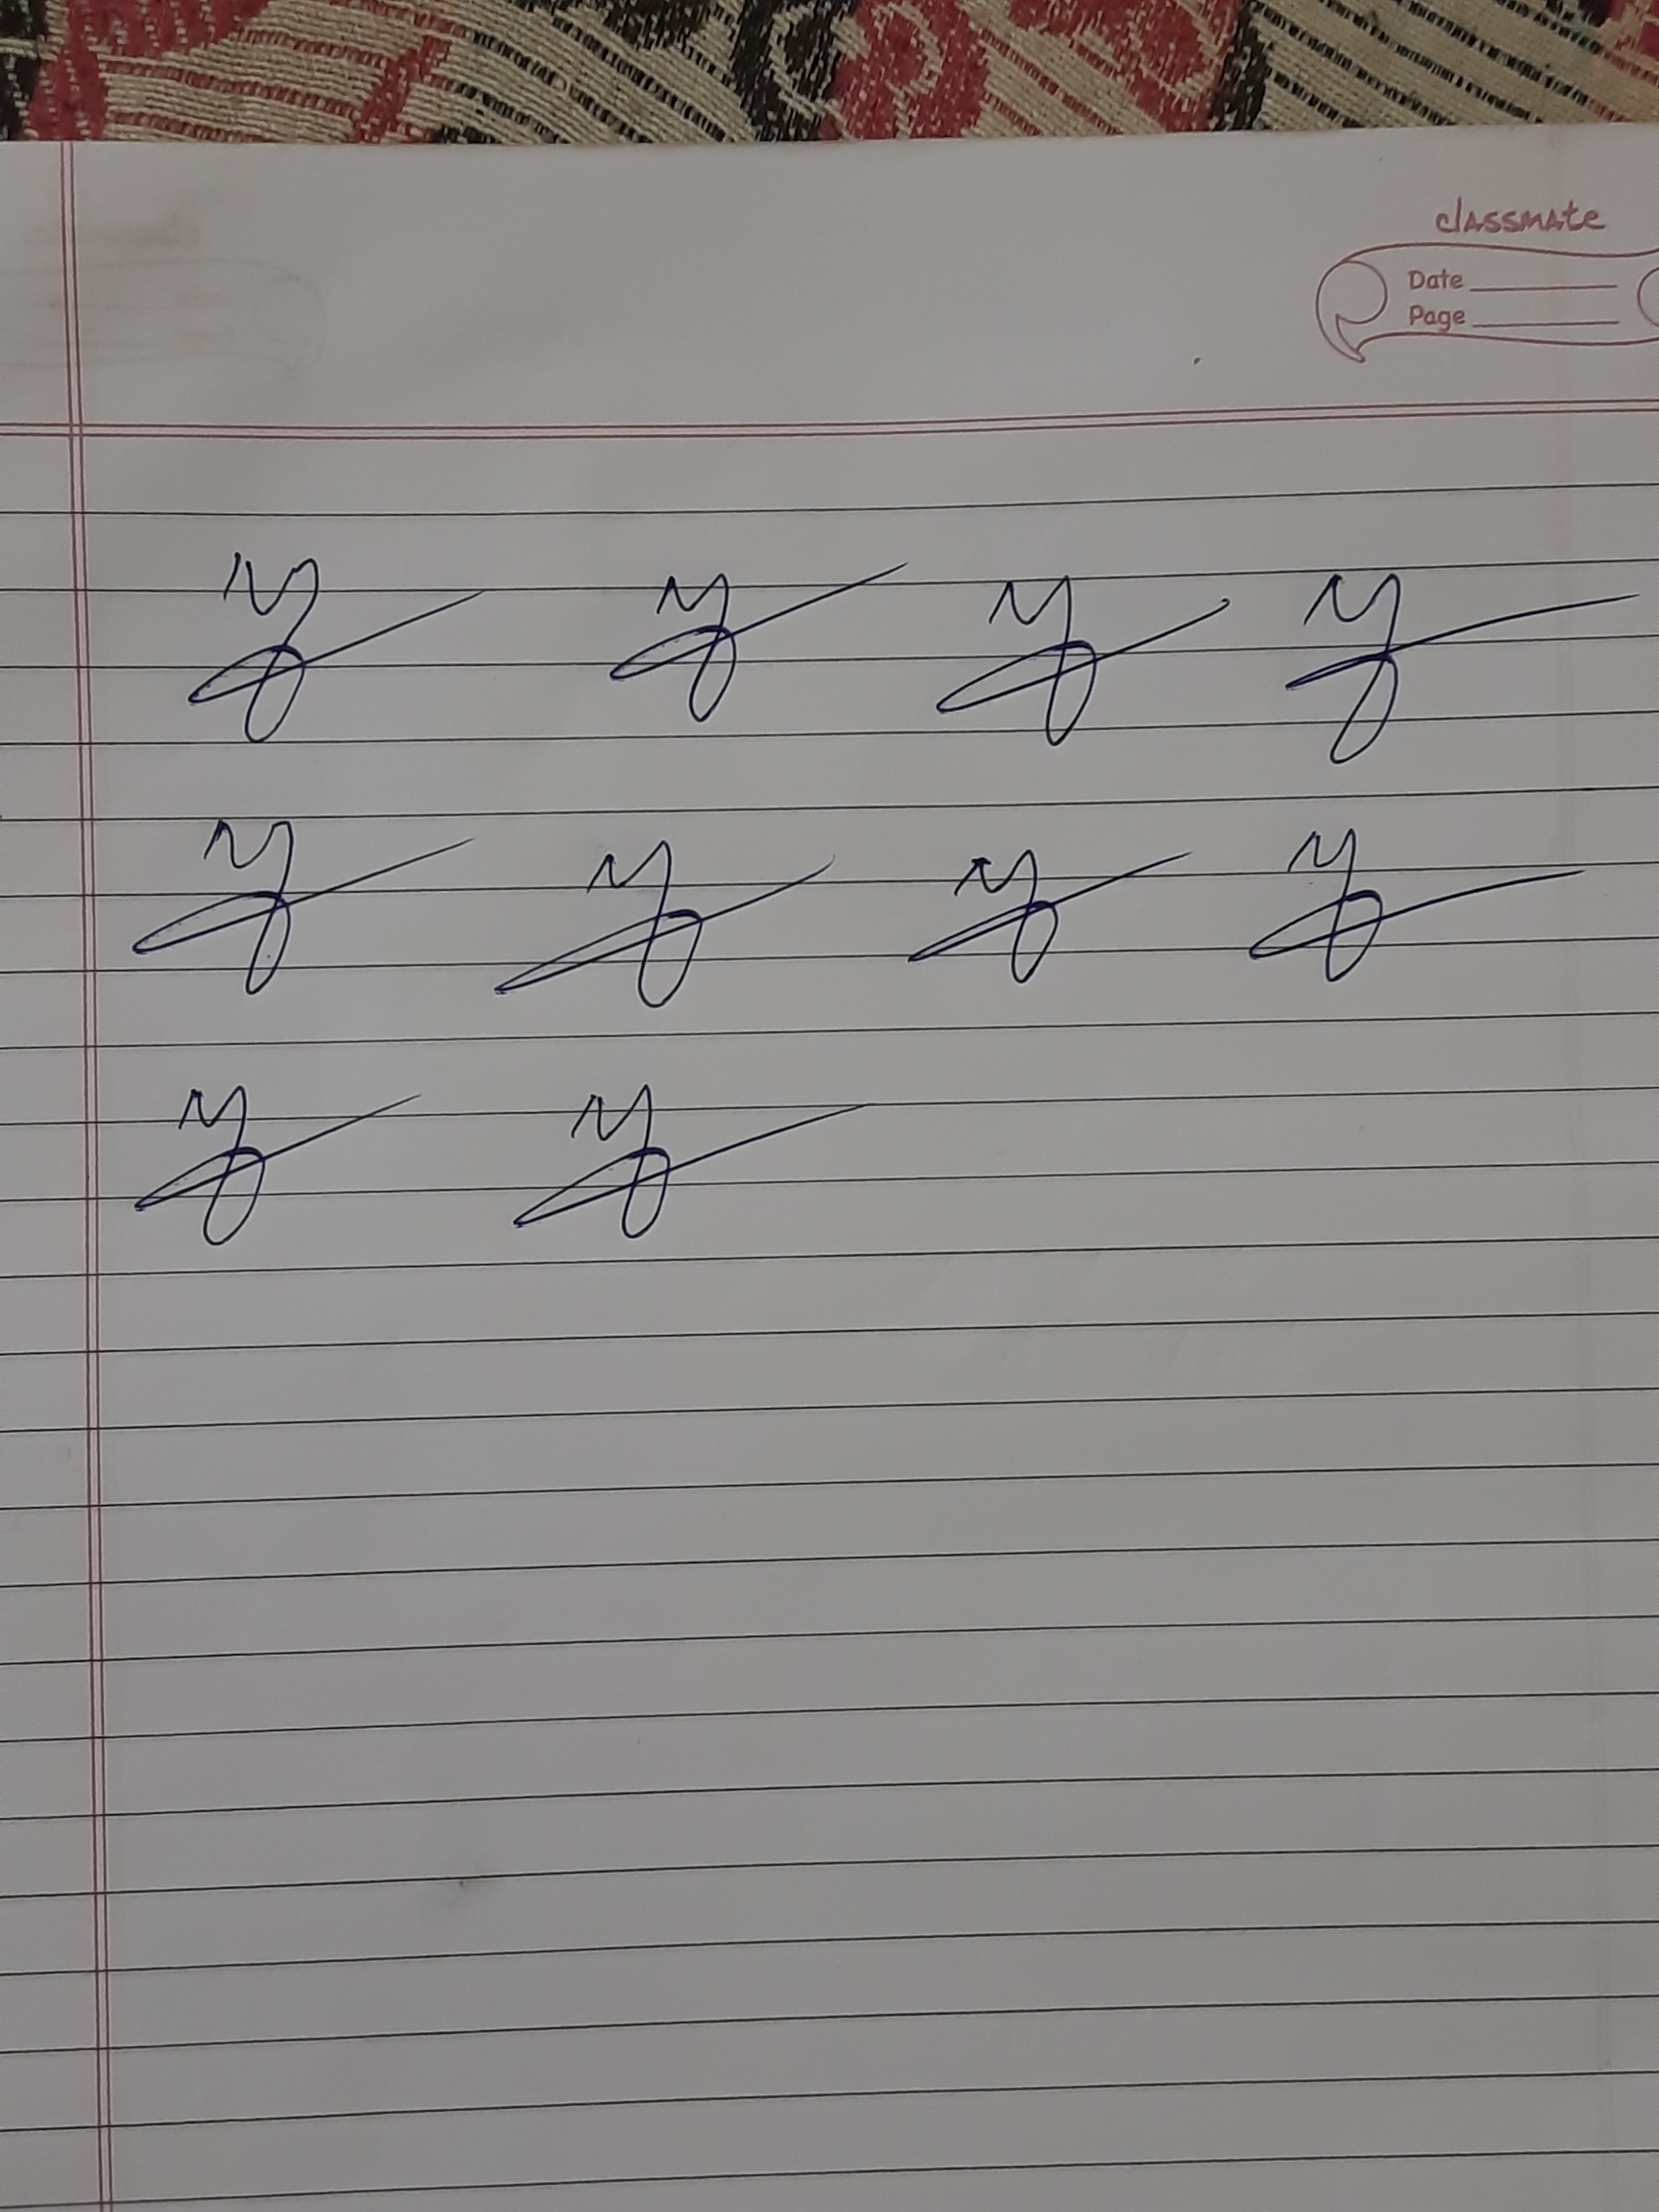
Signature authenticity: forged